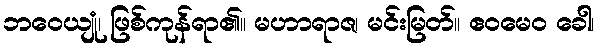
ဘဝေယျုံ၊ ဖြစ်ကုန်ရာ၏။ မဟာရာဇ၊ မင်းမြတ်။ ဧဝမေဝ ခေါ၊